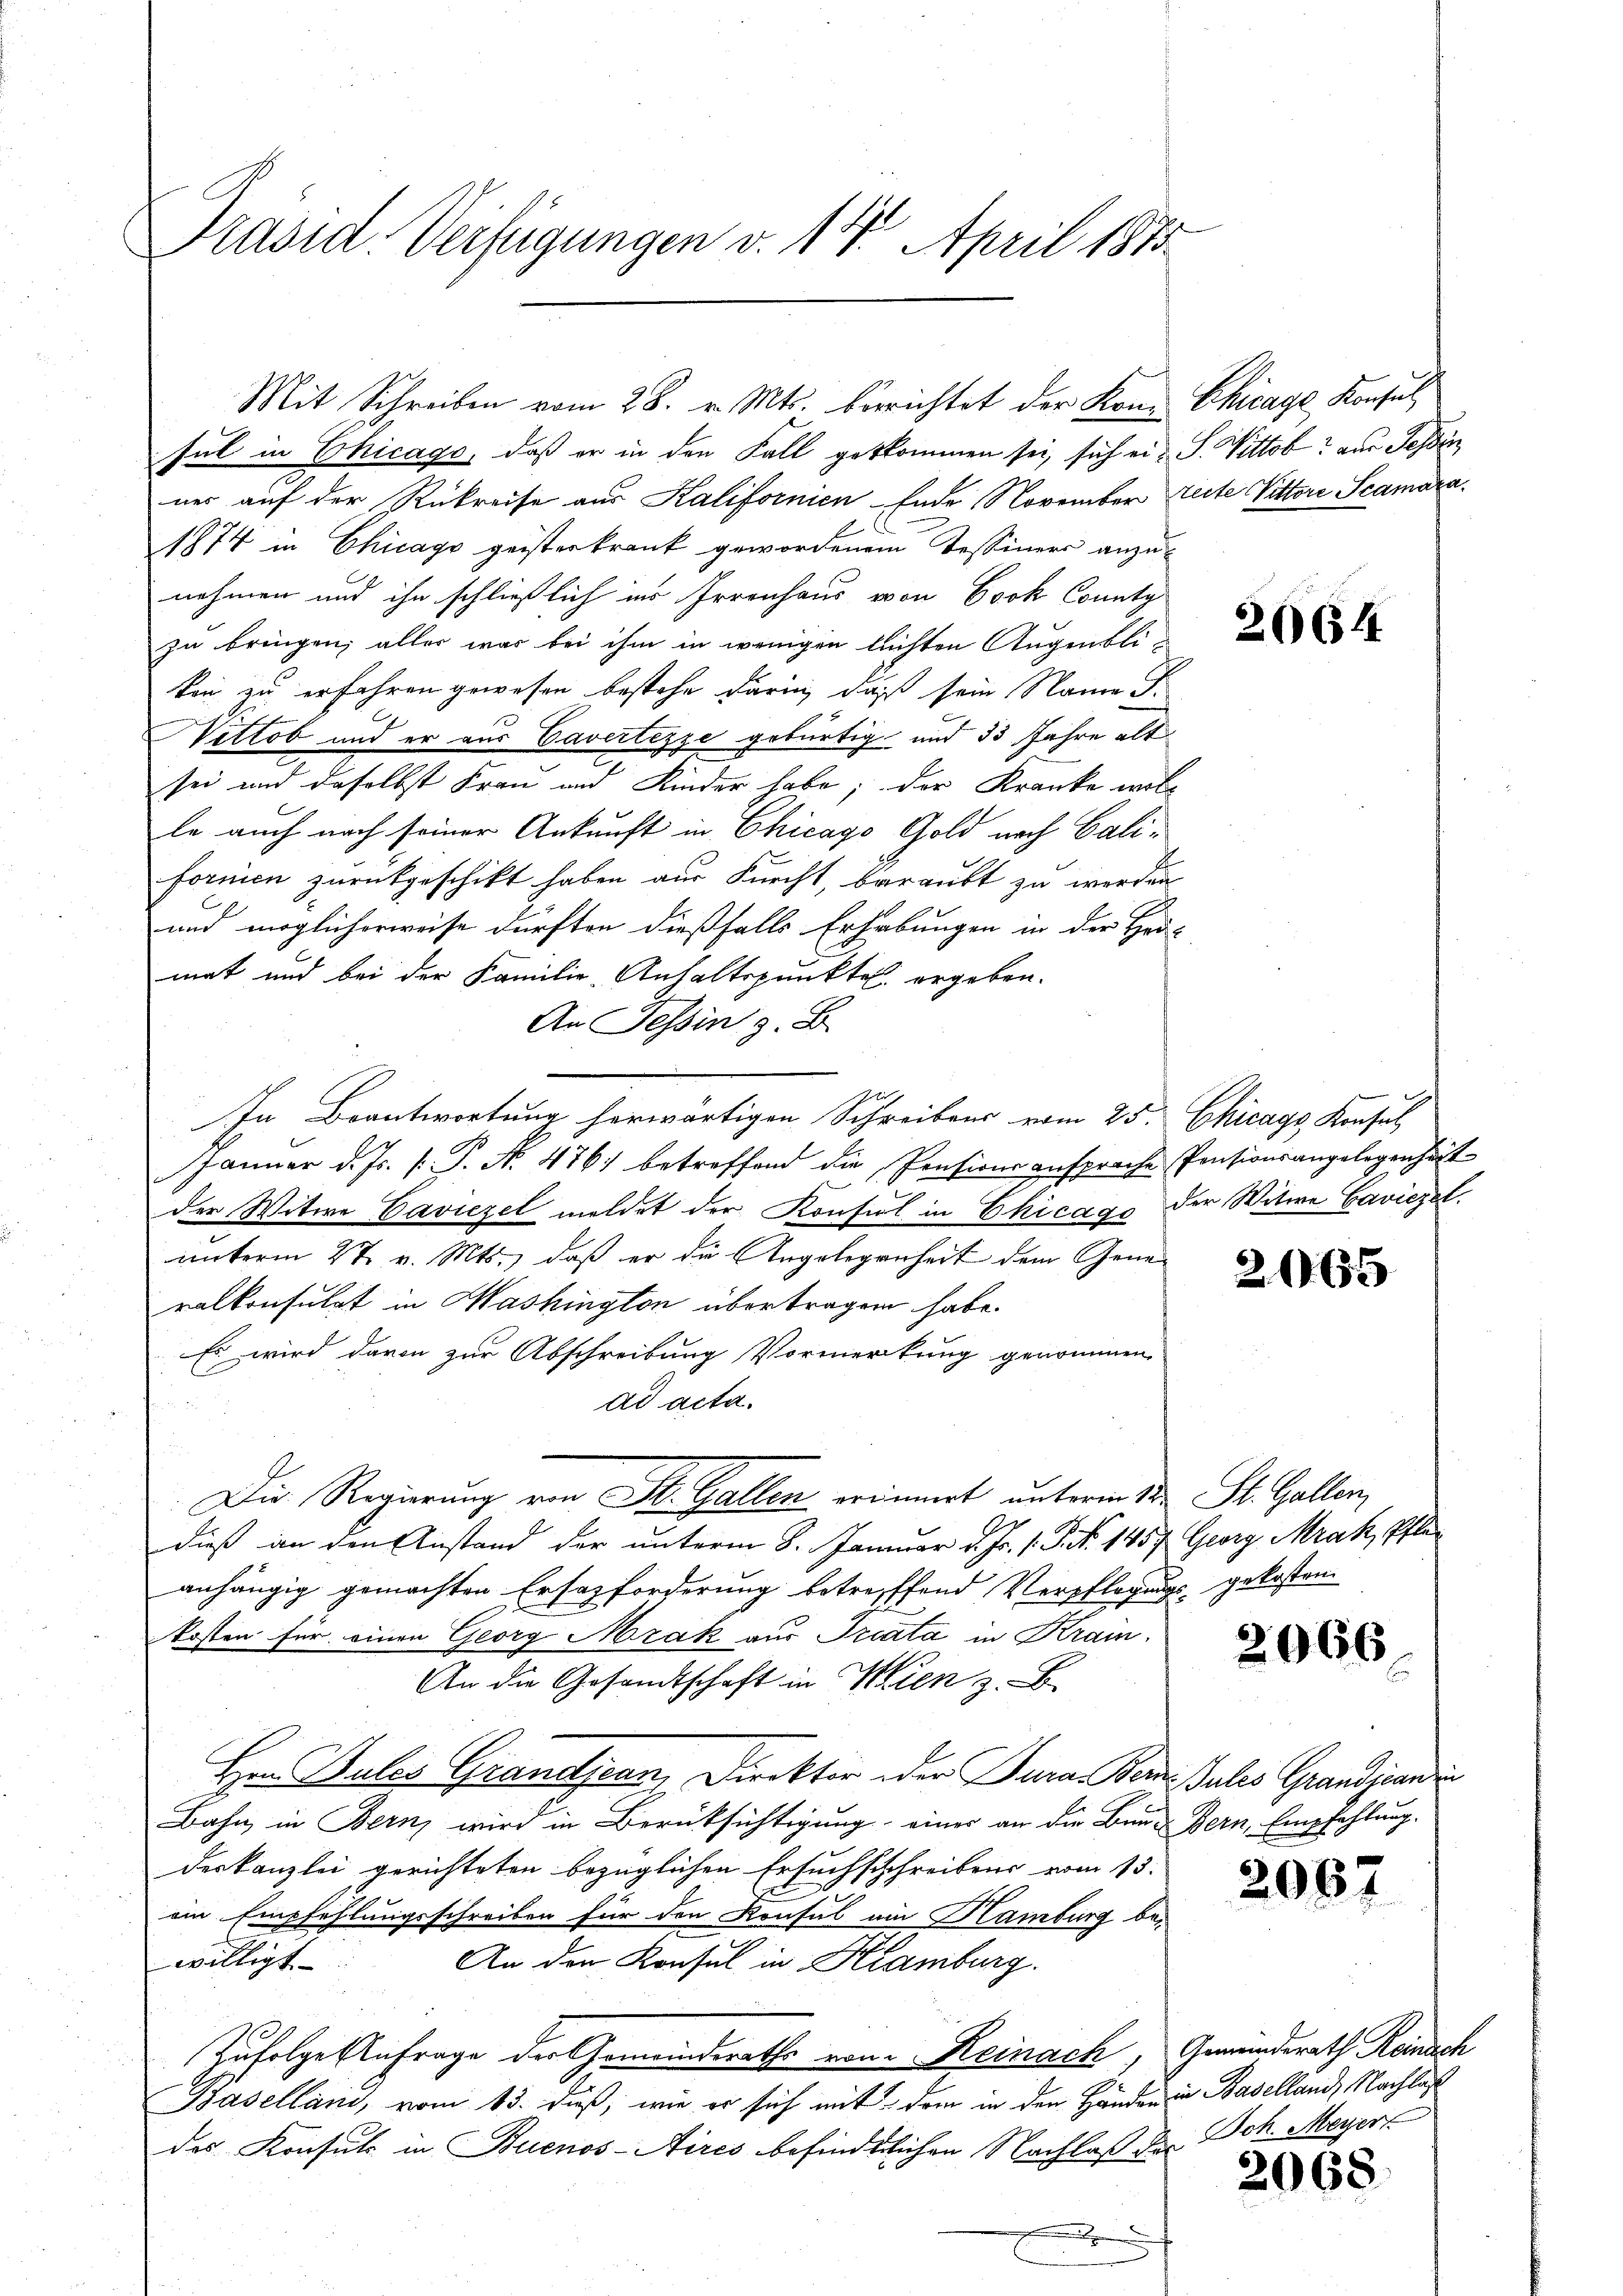
Präsid. Verfügungen v. 14. April 1873

sul in Chicago, daß er in den Fall getkommen sei, sich ein S. Vittob? aus Tessin
ner auf der Rükreise aus Kalifornien Ende November reite Vittore Scamara¬
1874 in Chicago geisterkrank gewordenem Tessiners anzunehmen und ihn schließlich ins Irrenhaus von Cook County
zu bringen; alles war bei ihm in wenigen lichten Augenblikon zu erfahren gewesen bestehe darin, daß sein Name S.
Nettob und er aus Cavertezze gebürtig und 33 Jahre alt
sei und daselbst Frau und Kinder habe; der Kranke woll
le auch nach seiner Ankunft in Chicago Gold nach Californien zurückgeschikt haben aus Furcht, beraubt zu werden
und möglicherweise dürften dießfalls Erhebungen in der Her-
mat und bei der Familie-Anhaltspunkte ergeben.
An Tessin z. B.
Die
Jänner d. Js. k. P. Nr. 476 betreffend die Pensionsansprache Pensionsangelegenheit
der Witwe Caviezel meldet der Konsul in Chicago der Witwe Caviezel.
unterm 27. v. Mts., daß er die Angelegenheit dem Generalkonsulat in Washington übertragen habe.
Es wird davon zur Abschreibung Vormerkung genommen,
ad acta.
Die Regierung von St. Gallen erinnert unterm 12ten St. Gallen,
dieß an den Anstand der unterm 8. Januar d. Js. 1. P. No 1457. Georg Mrak, Pfleanhängig gemachten Ersatzforderung betreffend Verpflegungs gekosten.
kosten für einen Georg Mrák aus Triata in Krain¬
An die Gesandtschaft in Wien z. B.
Hrn. Pules Grandjean, Direktor oder Jura, Berniales Grandjean¬
Bahn in Bern, wird in Berücksichtigung einer an die Bau-Bern, Empfehlung.
deskanzlei gerichteten bezüglichen Ersuchschreibens vom 13.
oin Empfehlungsschreiben für den Konsul am Hamburg bei
willigt. |
An den Konsul in Kramburg.
Zufolge Anfrage der Gemeindsrathe von Reinach, Gemeinderath Reinach
Baselland, vom 15. dieß, wie er sich mit dem in den Händer in Baselland Nachlaß
des Konsul in Buenos-Aires befindtlichen Nachlaß der Joh. Meyer
.

In Beantwortung herwärtigen Schreibens vom 25. Chicago Konsul

Mit Schreiben vom 28. v. Mts. berichtet der Kon- Chicage Konsul

20644

2165

2066

2067

2068